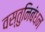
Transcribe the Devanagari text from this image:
वस्तुनिबंधन